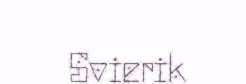
Svierik